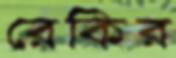
রেকির